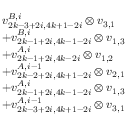
\begin{array} { r l } & { v _ { 2 k - 3 + 2 i , 4 k + 1 - 2 i } ^ { B , i } \otimes v _ { 3 , 1 } } \\ & { + v _ { 2 k - 1 + 2 i , 4 k - 1 - 2 i } ^ { B , i } \otimes v _ { 1 , 3 } } \\ & { + v _ { 2 k - 1 + 2 i , 4 k - 2 i } ^ { A , i } \otimes v _ { 1 , 2 } } \\ & { + v _ { 2 k - 2 + 2 i , 4 k + 1 - 2 i } ^ { A , i - 1 } \otimes v _ { 2 , 1 } } \\ & { + v _ { 2 k - 1 + 2 i , 4 k - 1 - 2 i } ^ { A , i } \otimes v _ { 1 , 3 } } \\ & { + v _ { 2 k - 3 + 2 i , 4 k + 1 - 2 i } ^ { A , i - 1 } \otimes v _ { 3 , 1 } } \end{array}